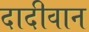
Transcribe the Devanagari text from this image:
दादीवान